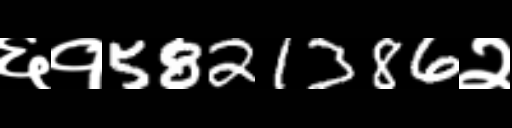
Text: ६१5821386२